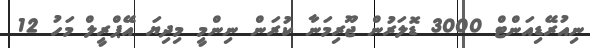
ނިއުރޭޑިއަންޓް 3000 ޑޮލަރުން ޖޫރިމަނާ ކުރަން ނިންމީ މިދިޔަ އޭޕްރީލް މަހު 12